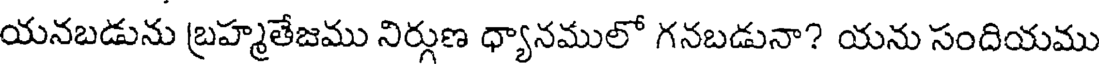
యనబడును బ్రహ్మతేజము నిర్గుణ ధ్యానములో గనబడునా? యను సందియము